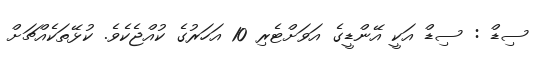
ސިޑް : ސިޑް އަކީ އޭންޑީގެ އަވަށްޓެރި 10 އަހަރުގެ ކުއްޖެކެވެ. ކުޅޭތަކެއްޗަށް